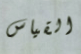
القياس